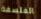
الفلسفة